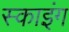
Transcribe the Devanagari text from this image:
स्‍काइंग